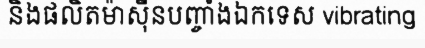
និងផលិតម៉ាស៊ីនបញ្ចាំងឯកទេស vibrating